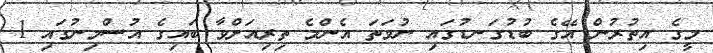
މީގެ އިތުރުން އޭގެ ބުޑުގަނޑުގައި ނުވަތަ އެންމެ ތިރިއަށްވާ ބައިގެ އުސްމިނުގައި 1